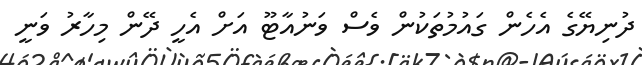
ދުނިޔޭގެ އެހެން ގައުމުތަކުން ވެސް ވަނުއާޓޫ އަށް އެހީ ދޭން މިހާރު ވަނީ